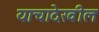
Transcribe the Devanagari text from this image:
याचादेखील